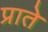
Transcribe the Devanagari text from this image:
प्राते